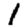
Digit: 1